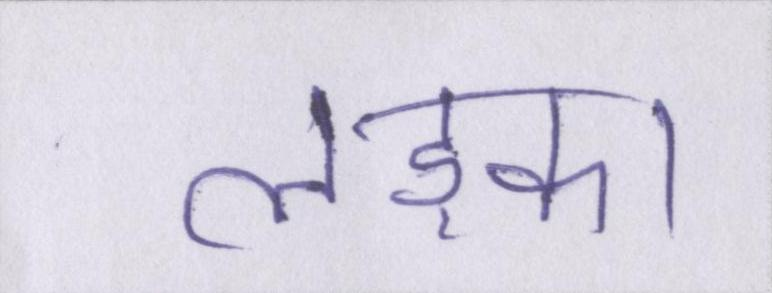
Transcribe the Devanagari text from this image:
लड़का